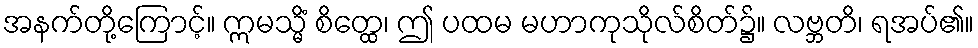
အနက်တို့ကြောင့်။ ဣမသ္မိံ စိတ္ထေ၊ ဤ ပထမ မဟာကုသိုလ်စိတ်၌။ လဗ္ဘတိ၊ ရအပ်၏။